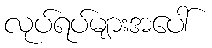
လုပ်ရပ်များအပေါ်